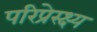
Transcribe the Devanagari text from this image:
परिप्रेस्क्ष्य